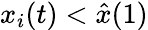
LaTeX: x_{i}(t)<\hat{x}(1)